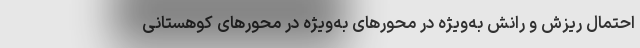
احتمال ریزش و رانش به‌ویژه در محورهای به‌ویژه در محورهای کوهستانی